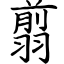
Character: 翦